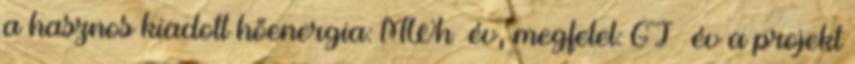
a hasznos kiadott hőenergia: MWh év, megfelel: GJ év a projekt